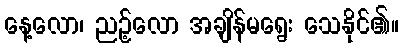
နေ့လော၊ ညဉ့်လော အချိန်မရွေး သေနိုင်၏။